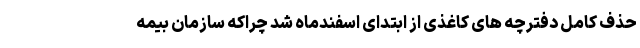
حذف کامل دفترچه های کاغذی از ابتدای اسفندماه شد چراکه سازمان بیمه